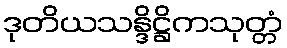
ဒုတိယသန္ဒိဋ္ဌိကသုတ္တံ